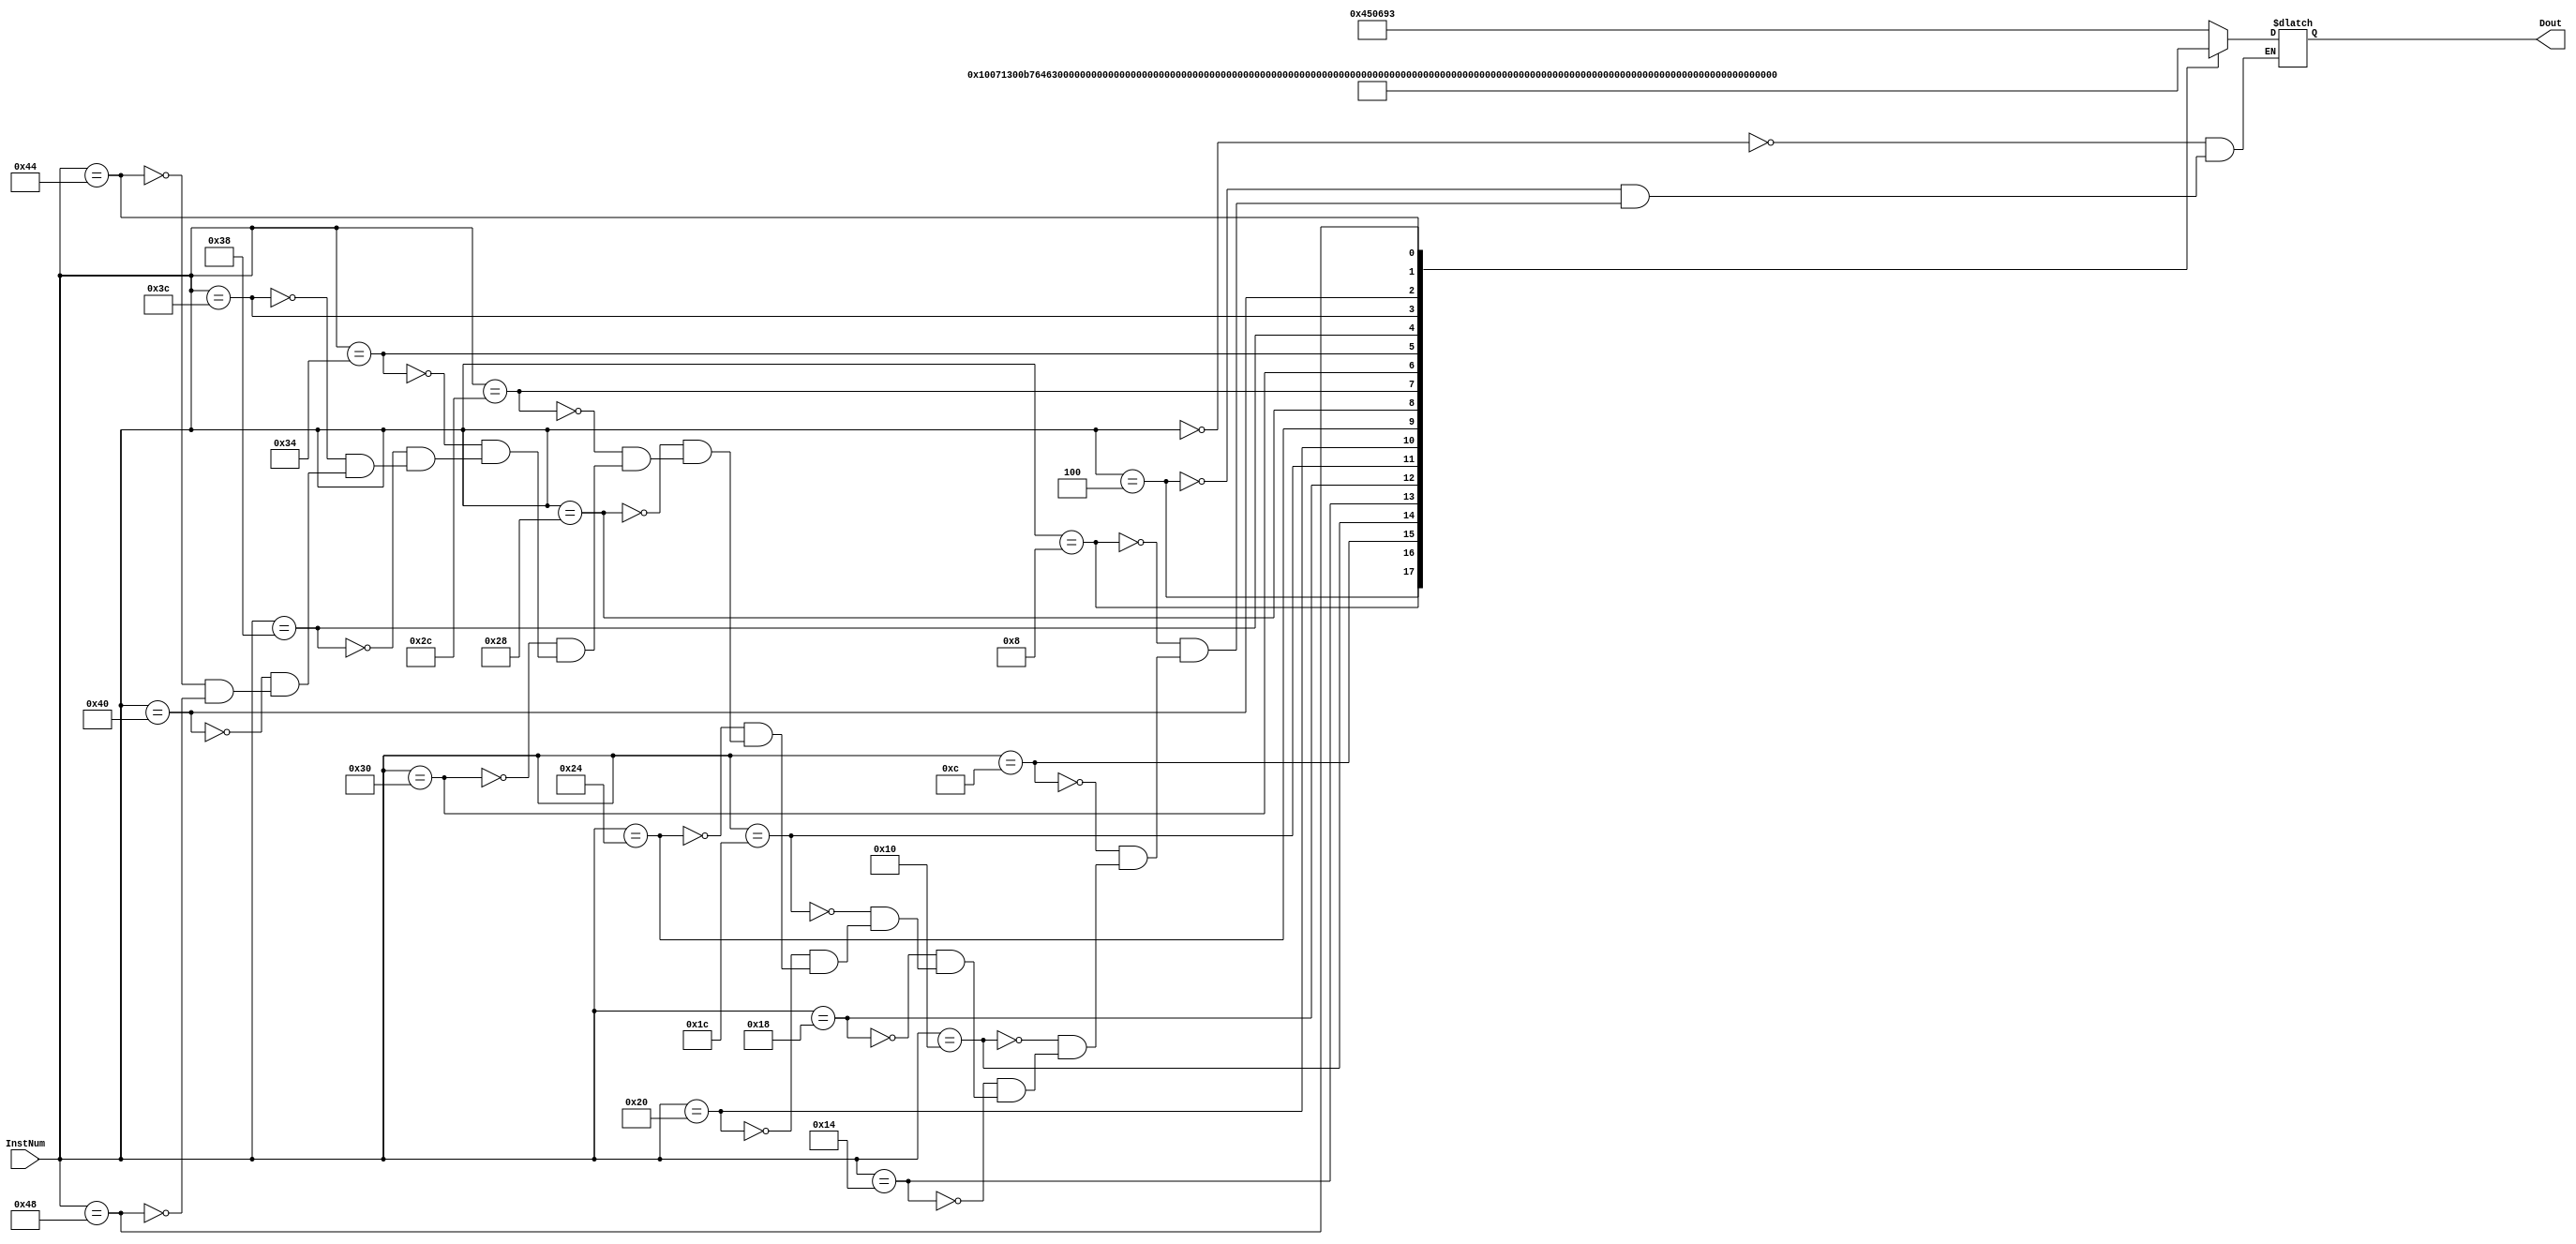
module ROM(Dout,InstNum);
input [6:0]InstNum;
output [31:0]Dout;

reg [31:0]ROMout;

always @(*) begin
	case (InstNum)
	'h00: ROMout = 'h00450693;
	'h04: ROMout = 'h00100713;
	'h08: ROMout = 'h00b76463;
	'h0c: ROMout = 'h00008067;
	'h10: ROMout = 'h0006a803;
	'h14: ROMout = 'h00068613;
	'h18: ROMout = 'h00070793;
	'h1c: ROMout = 'hffc62883;
	'h20: ROMout = 'h01185a63;
	'h24: ROMout = 'h01162023;
	'h28: ROMout = 'hfff78793;
	'h2c: ROMout = 'hffc60613;
	'h30: ROMout = 'hfe0796e3;
	'h34: ROMout = 'h00279793;
	'h38: ROMout = 'h00f507b3;
	'h3c: ROMout = 'h0107a023;
	'h40: ROMout = 'h00170713;
	'h44: ROMout = 'h00468693;
	'h48: ROMout = 'hfc1ff06f;
	endcase
end

assign Dout = ROMout;

endmodule